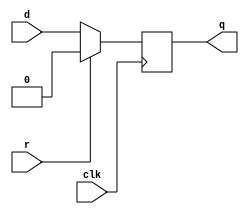
`timescale 1ns / 1ps
module ARS_dffhr (
    d,
    r,
    clk,
    q
);
  parameter WIDTH = 1;
  input r;
  input clk;
  input [WIDTH-1:0] d;
  output [WIDTH-1:0] q;
  reg [WIDTH-1:0] q;

  always @(posedge clk)
    if (r) q <= {WIDTH{1'b0}};
    else q <= d;

endmodule  // dffhr